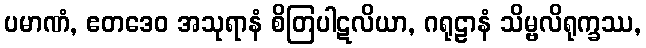
ပမာဏံ, ဧတဒေဝ အသုရာနံ စိတြပါဋလိယာ, ဂရုဠာနံ သိမ္ဗလိရုက္ခဿ,